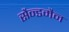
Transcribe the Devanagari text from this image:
सैन्डमैन